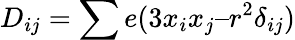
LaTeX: D_{ij}=\sum e(3x_{i}x_{j}–r^{2}\delta_{ij})